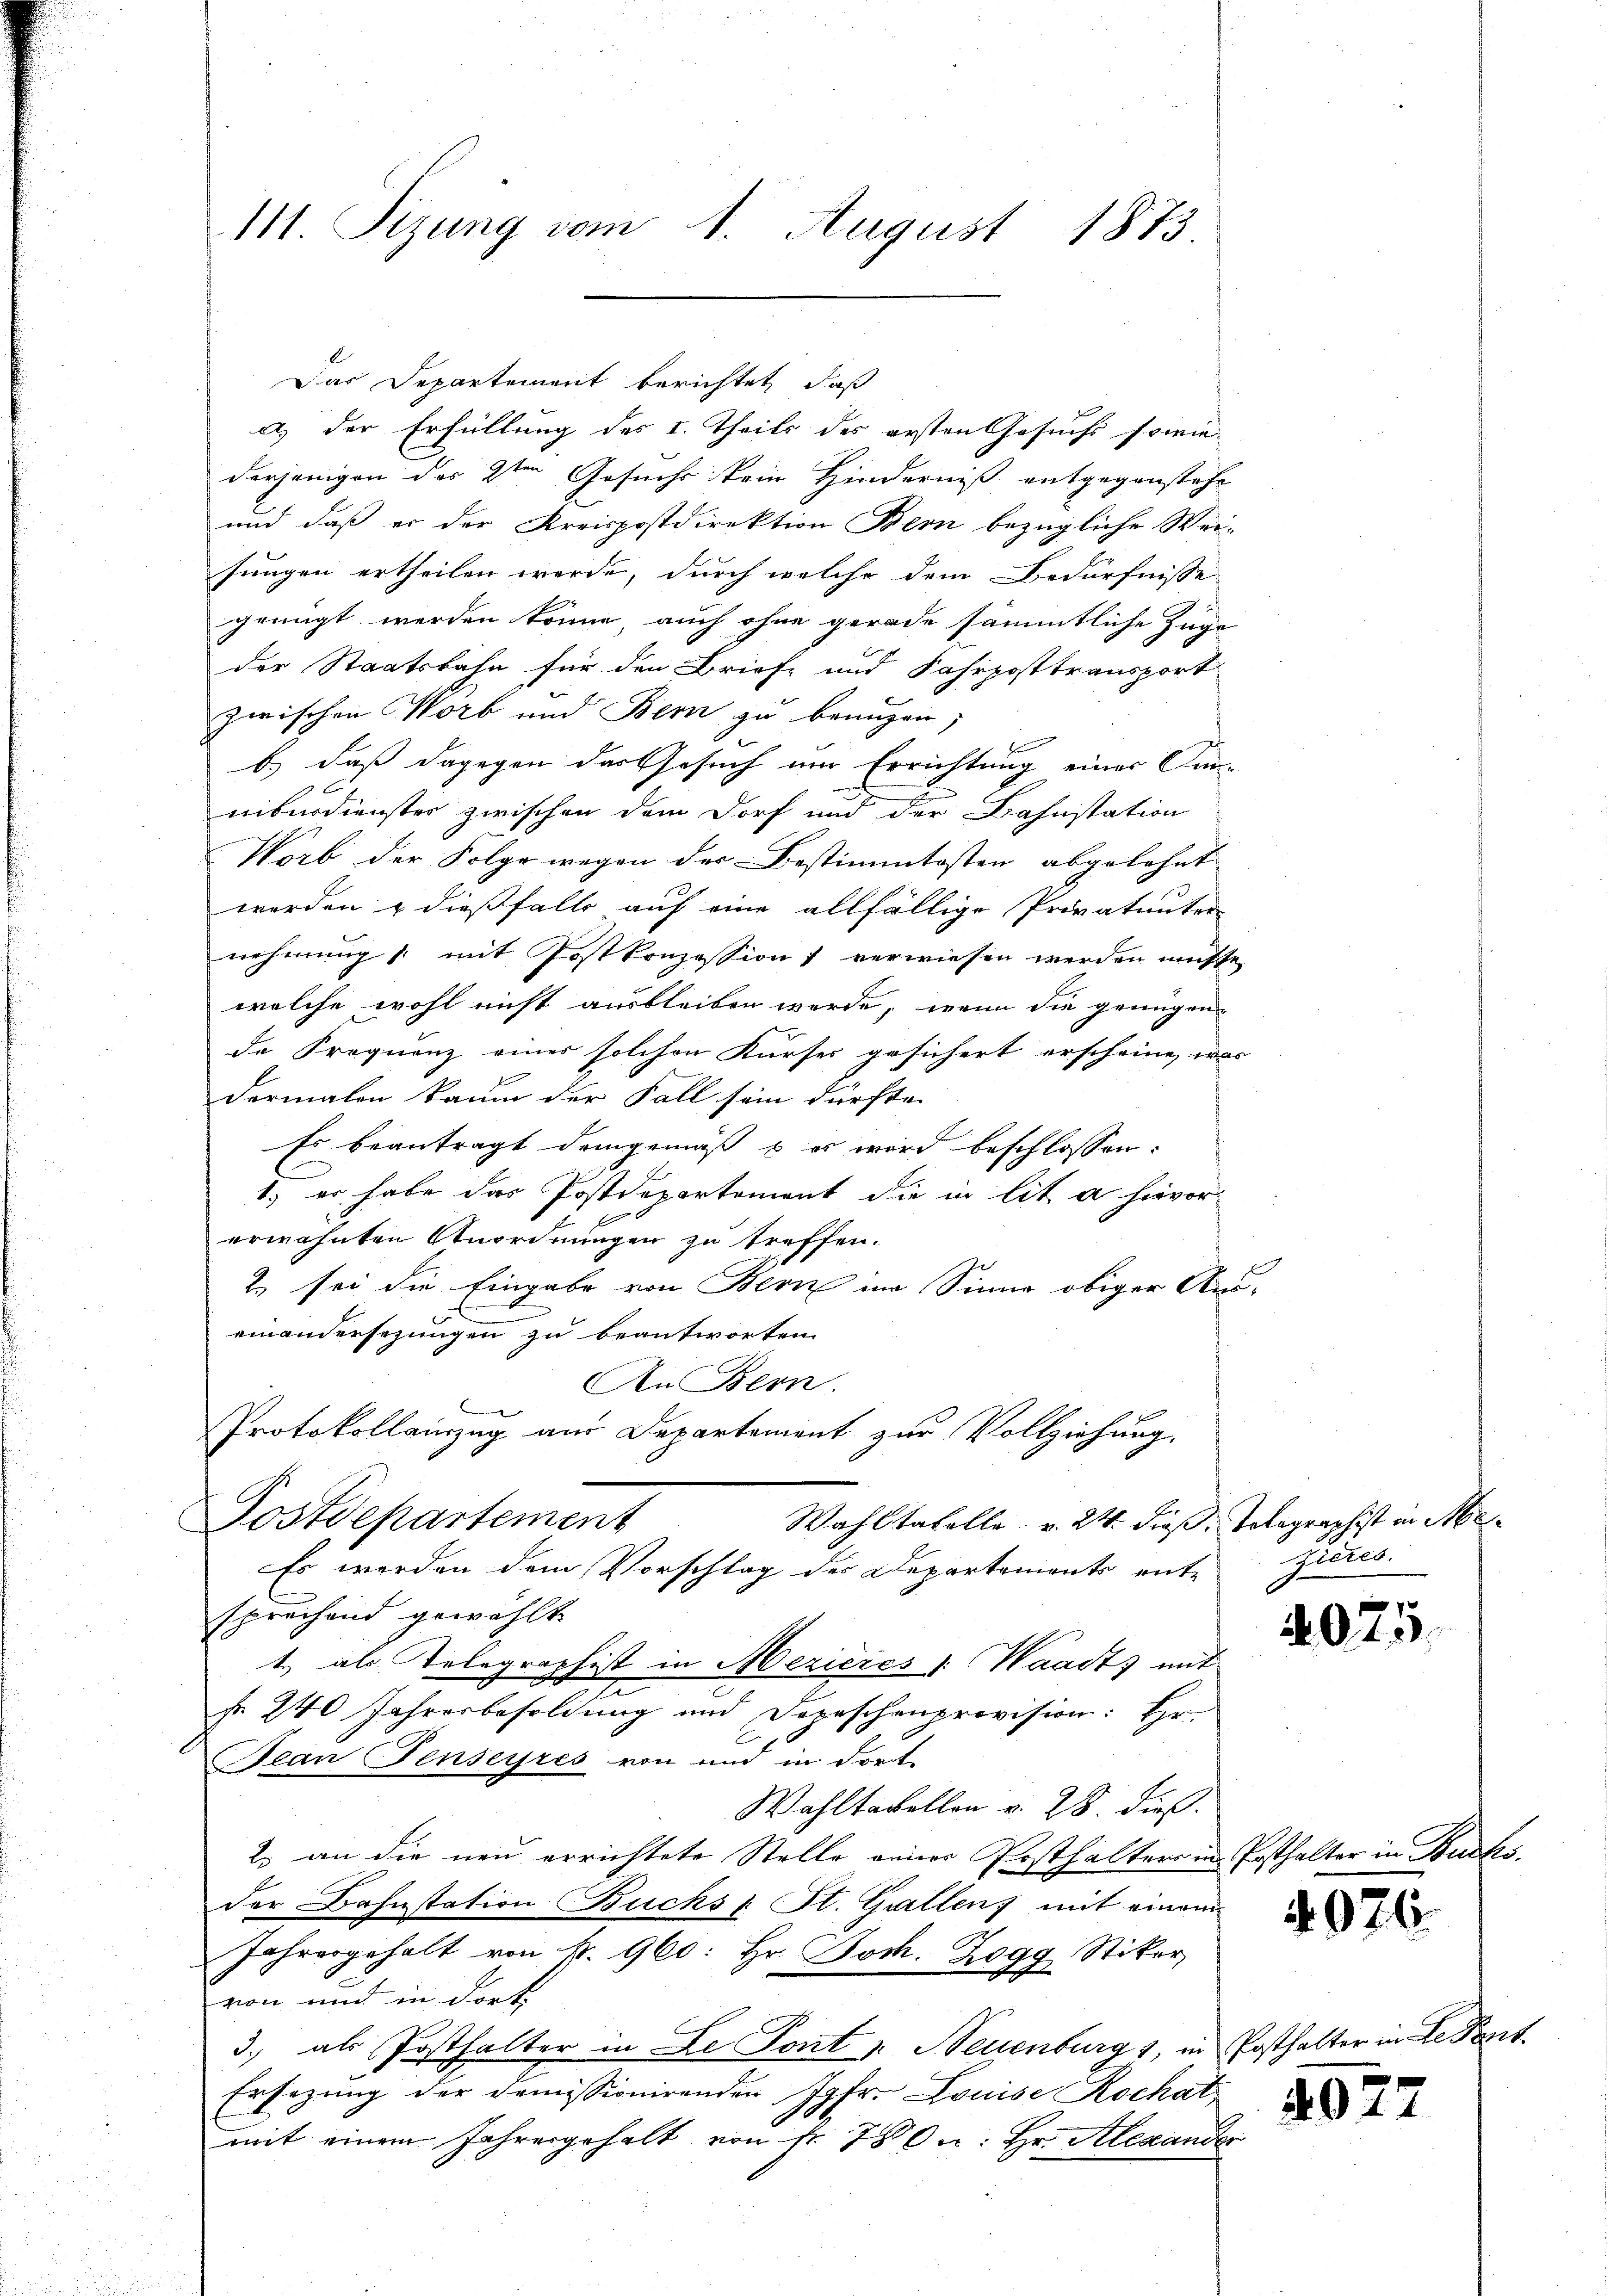
111. Sizung vom 1. August 1873.

Das Departement berichtet, daß
derjenigen des 2ten Gesuchs kein Hinderniß entgegenstehe
und daß er der Kreispostdirektion Bern bezügliche Weisungen ertheilen werde, durch welche dem Bedürfnisse
genügt werden könne, auch ohne gerade sämmtliche Zuge
der Staatsbahn für den Briefe und Fahrposttransport
zwischen Worb und Bern zu benuzen;
b.) daß dagegen das Gesuch um Errichtung einer Curniberdienster zwischen dem Dorf und der Bahnstation
Worb der Folge wegen der Bestimmtesten abgelehnt |
worden & dießfalls auf eine allfällige Privatunter
nehmung /: mit Postkonzession) verwiesen werden müsse.
welche wohl nicht ausbleiben werde, wenn die genügen-
de Frequenz eines solchen Kurses gesichert erscheine, was
Dermalen kaum der Fall sein dürfte.
Es beantragt demgemäß & es wird beschlossen:
1.) er habe das Postdepartement die in lit. a hievor
erwähnten Anordnungen zu treffen.
Z. sei die Eingabe von Bern im Sinne obiger Auseinandersezungen zu beantworten
An Bern.
Protokollauszug aus Departement zur Vollziehung.
Postdepartement
Wahltabelle v. 24. dieß, Totagraphist in Me
Es werden dem Vorschlag des Departements entzieres.
sprechend gewählt
1) als Telegraphist in Mezicies : Waadt) mit
f 240 Jahresbesoldung und Depeschenprovision: Hr.
ean Fenseyres von und in dort.
Wahltakellen v. 28. dieß.
2.) an die neu errichtete Stelle eines Posthaltere in Posthalter in Buchs,
der Bahnstation Buchs - St. Gallen, mit einem
Jahresgehalt von k. 960: Hr. Joch. Zogg Stiker,
von und in dort.
3., als Posthalter in Le Tont v. Neuenburgs, in Posthalter in de Pont
Ersezung der demissionirenden Jgfr. Louise Kochat
mit einem Jahresgehalt von Nr. 78 u. Hr. Alexander

a) der Erfüllung des I. Theils des ersten Gesuchs sowie

4075.

4926.

2077